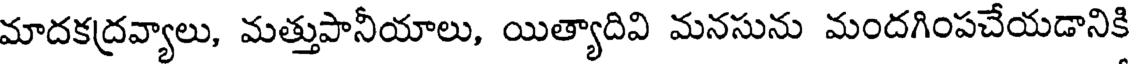
మాదకద్రవ్యాలు, మత్తుపానీయాలు, యిత్యాదివి మనసును మందగింపచేయడానికి